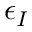
\epsilon _ { I }